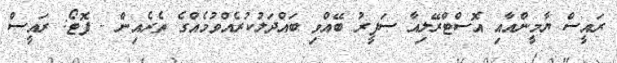
ރައީސް ޔާމީންއާއި އޮސްޓްރޭލިއާ ސަފީރު ބޭއްވި ބައްދަލުކުރެއްވުމެއްގެ ތެރެއިން - ފޮޓޯ: ރައީސް